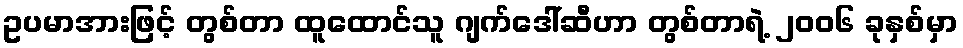
ဥပမာအားဖြင့် တွစ်တာ ထူထောင်သူ ဂျက်ဒေါ်ဆီဟာ တွစ်တာရဲ့ ၂၀၀၆ ခုနှစ်မှာ